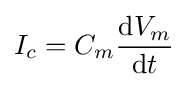
I_{c}=C_{m}{\frac {{\mathrm {d} }V_{m}}{{\mathrm {d} }t}}